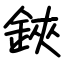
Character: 鋏